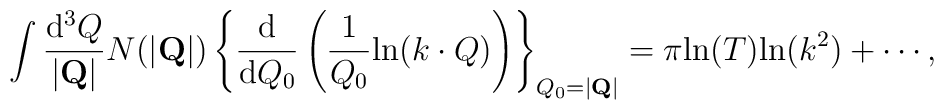
\int \frac{{\rm d}^3 Q}{|{\bf Q}|} N(|{\bf Q}|)\left\{\frac{{\rm d}}{{\rm d} Q_0}\left(\frac{1}{Q_0} {\rm ln}(k\cdot Q)\right)\right\}_{Q_0=|{\bf Q}|}=\pi {\rm ln}(T) {\rm ln}(k^2)+\cdots ,